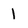
Character: 1